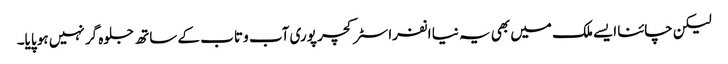
لیکن چائنا ایسے ملک میں بھی یہ نیا انفراسٹرکچر پوری آب و تاب کے ساتھ جلوہ گر نہیں ہو پایا۔